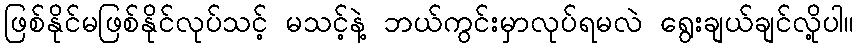
ဖြစ်နိုင်မဖြစ်နိုင်လုပ်သင့် မသင့်နဲ့ ဘယ်ကွင်းမှာလုပ်ရမလဲ ရွေးချယ်ချင်လို့ပါ။